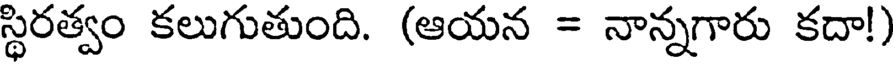
స్థిరత్వం కలుగుతుంది. (ఆయన = నాన్నగారు కదా!)